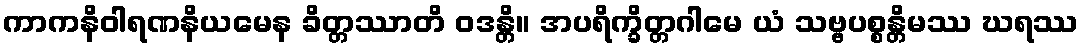
ကာကနိဝါရဏနိယမေန ခိတ္တဿာတိ ဝဒန္တိ။ အပရိက္ခိတ္တဂါမေ ယံ သဗ္ဗပစ္စန္တိမဿ ဃရဿ